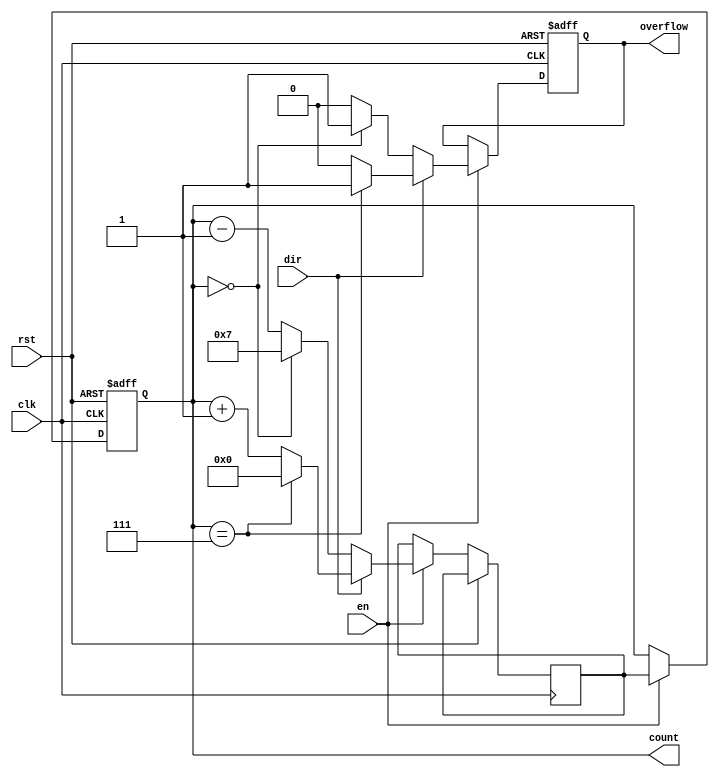
module modulus_counter #(
    parameter N = 8 // Default modulus value (can be changed as needed)
)(
    input wire clk,         // Clock signal
    input wire rst,         // Active-high reset signal
    input wire en,          // Active-high enable signal
    input wire dir,         // Direction control signal (1 for up, 0 for down)
    output reg [N-1:0] count, // Current count value
    output reg overflow      // Overflow signal
);

    // Internal signal to track the next count value
    reg [N-1:0] next_count;

    always @(posedge clk or posedge rst) begin
        if (rst) begin
            count <= 0;        // Reset count to 0
            overflow <= 0;     // Reset overflow signal
        end else if (en) begin
            if (dir) begin
                // Counting up
                if (count == (N - 1)) begin
                    next_count <= 0; // Reset to 0 if it reaches N
                    overflow <= 1;    // Set overflow flag
                end else begin
                    next_count <= count + 1; // Increment count
                    overflow <= 0;            // Clear overflow flag
                end
            end else begin
                // Counting down
                if (count == 0) begin
                    next_count <= (N - 1); // Wrap around to N-1
                    overflow <= 1;          // Set overflow flag
                end else begin
                    next_count <= count - 1; // Decrement count
                    overflow <= 0;            // Clear overflow flag
                end
            end
            count <= next_count; // Update count
        end
    end

endmodule